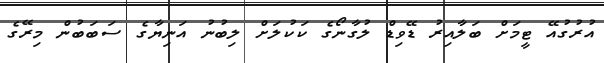
އުރުގުއޭ ޓީމަށް ބަލާއިރު ޑޭވިޑް ލުގާނޯގެ ކަކުލަށް ލިބުނު އަނިޔާގެ ސަބަބުން މިރޭގެ